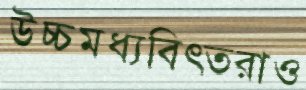
উচ্চমধ্যবিত্তরাও